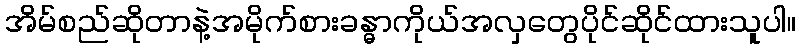
အိမ်စည်ဆိုတာနဲ့အမိုက်စားခန္ဓာကိုယ်အလှတွေပိုင်ဆိုင်ထားသူပါ။